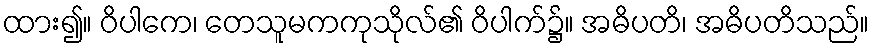
ထား၍။ ဝိပါကေ၊ တေသူမကကုသိုလ်၏ ဝိပါက်၌။ အဓိပတိ၊ အဓိပတိသည်။